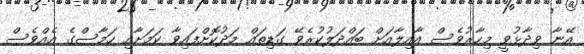
އޭނާ ވިދާޅުވީ މިހާރުވެސް އާއިލާއަށް ބައްދަލުކުރެވޭ ގަޑިތައް މަދުކޮށްފައިވާ ކަމަށާއި ހަމާސްގެ އެއްވެސް